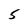
Character: 5